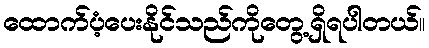
ထောက်ပံ့ပေးနိုင်သည်ကိုတွေ့ရှိရပါတယ်။